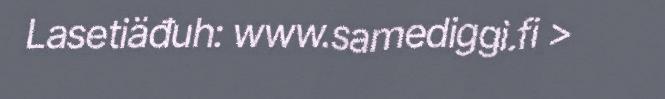
Lasetiäđuh: www.samediggi.fi >